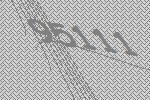
95111